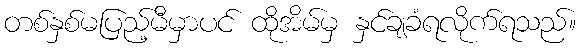
တစ်နှစ်မပြည့်မီမှာပင် ထိုအိမ်မှ နှင်ချခံရလိုက်ရသည်။